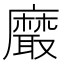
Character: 黀